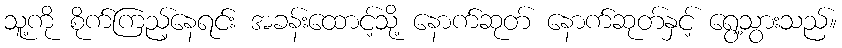
သူ့ကို စိုက်ကြည့်နေရင်း အခန်းထောင့်သို့ နောက်ဆုတ် နောက်ဆုတ်နှင့် ရွေ့သွားသည်။